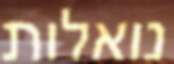
נואלות